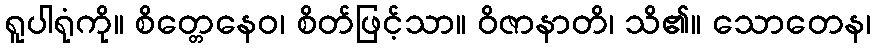
ရူပါရုံကို။ စိတ္တေနေဝ၊ စိတ်ဖြင့်သာ။ ဝိဇာနာတိ၊ သိ၏။ သောတေန၊